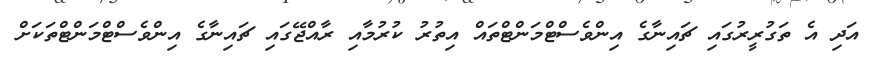
އަދި އެ ތަގުރީރުގައި ޗައިނާގެ އިންވެސްޓްމަންޓްތައް އިތުރު ކުރުމާއި ރާއްޖޭގައި ޗައިނާގެ އިންވެސްޓްމަންޓްތަކަށް